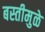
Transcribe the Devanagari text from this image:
बस्तीमुळे